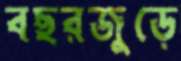
বছরজুড়ে